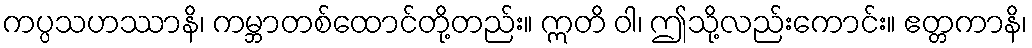
ကပ္ပသဟဿာနိ၊ ကမ္ဘာတစ်ထောင်တို့တည်း။ ဣတိ ဝါ၊ ဤသို့လည်းကောင်း။ ဧတ္တကာနိ၊